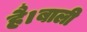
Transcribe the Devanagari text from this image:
है।बाली